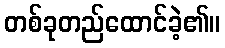
တစ်ခုတည်ထောင်ခဲ့၏။